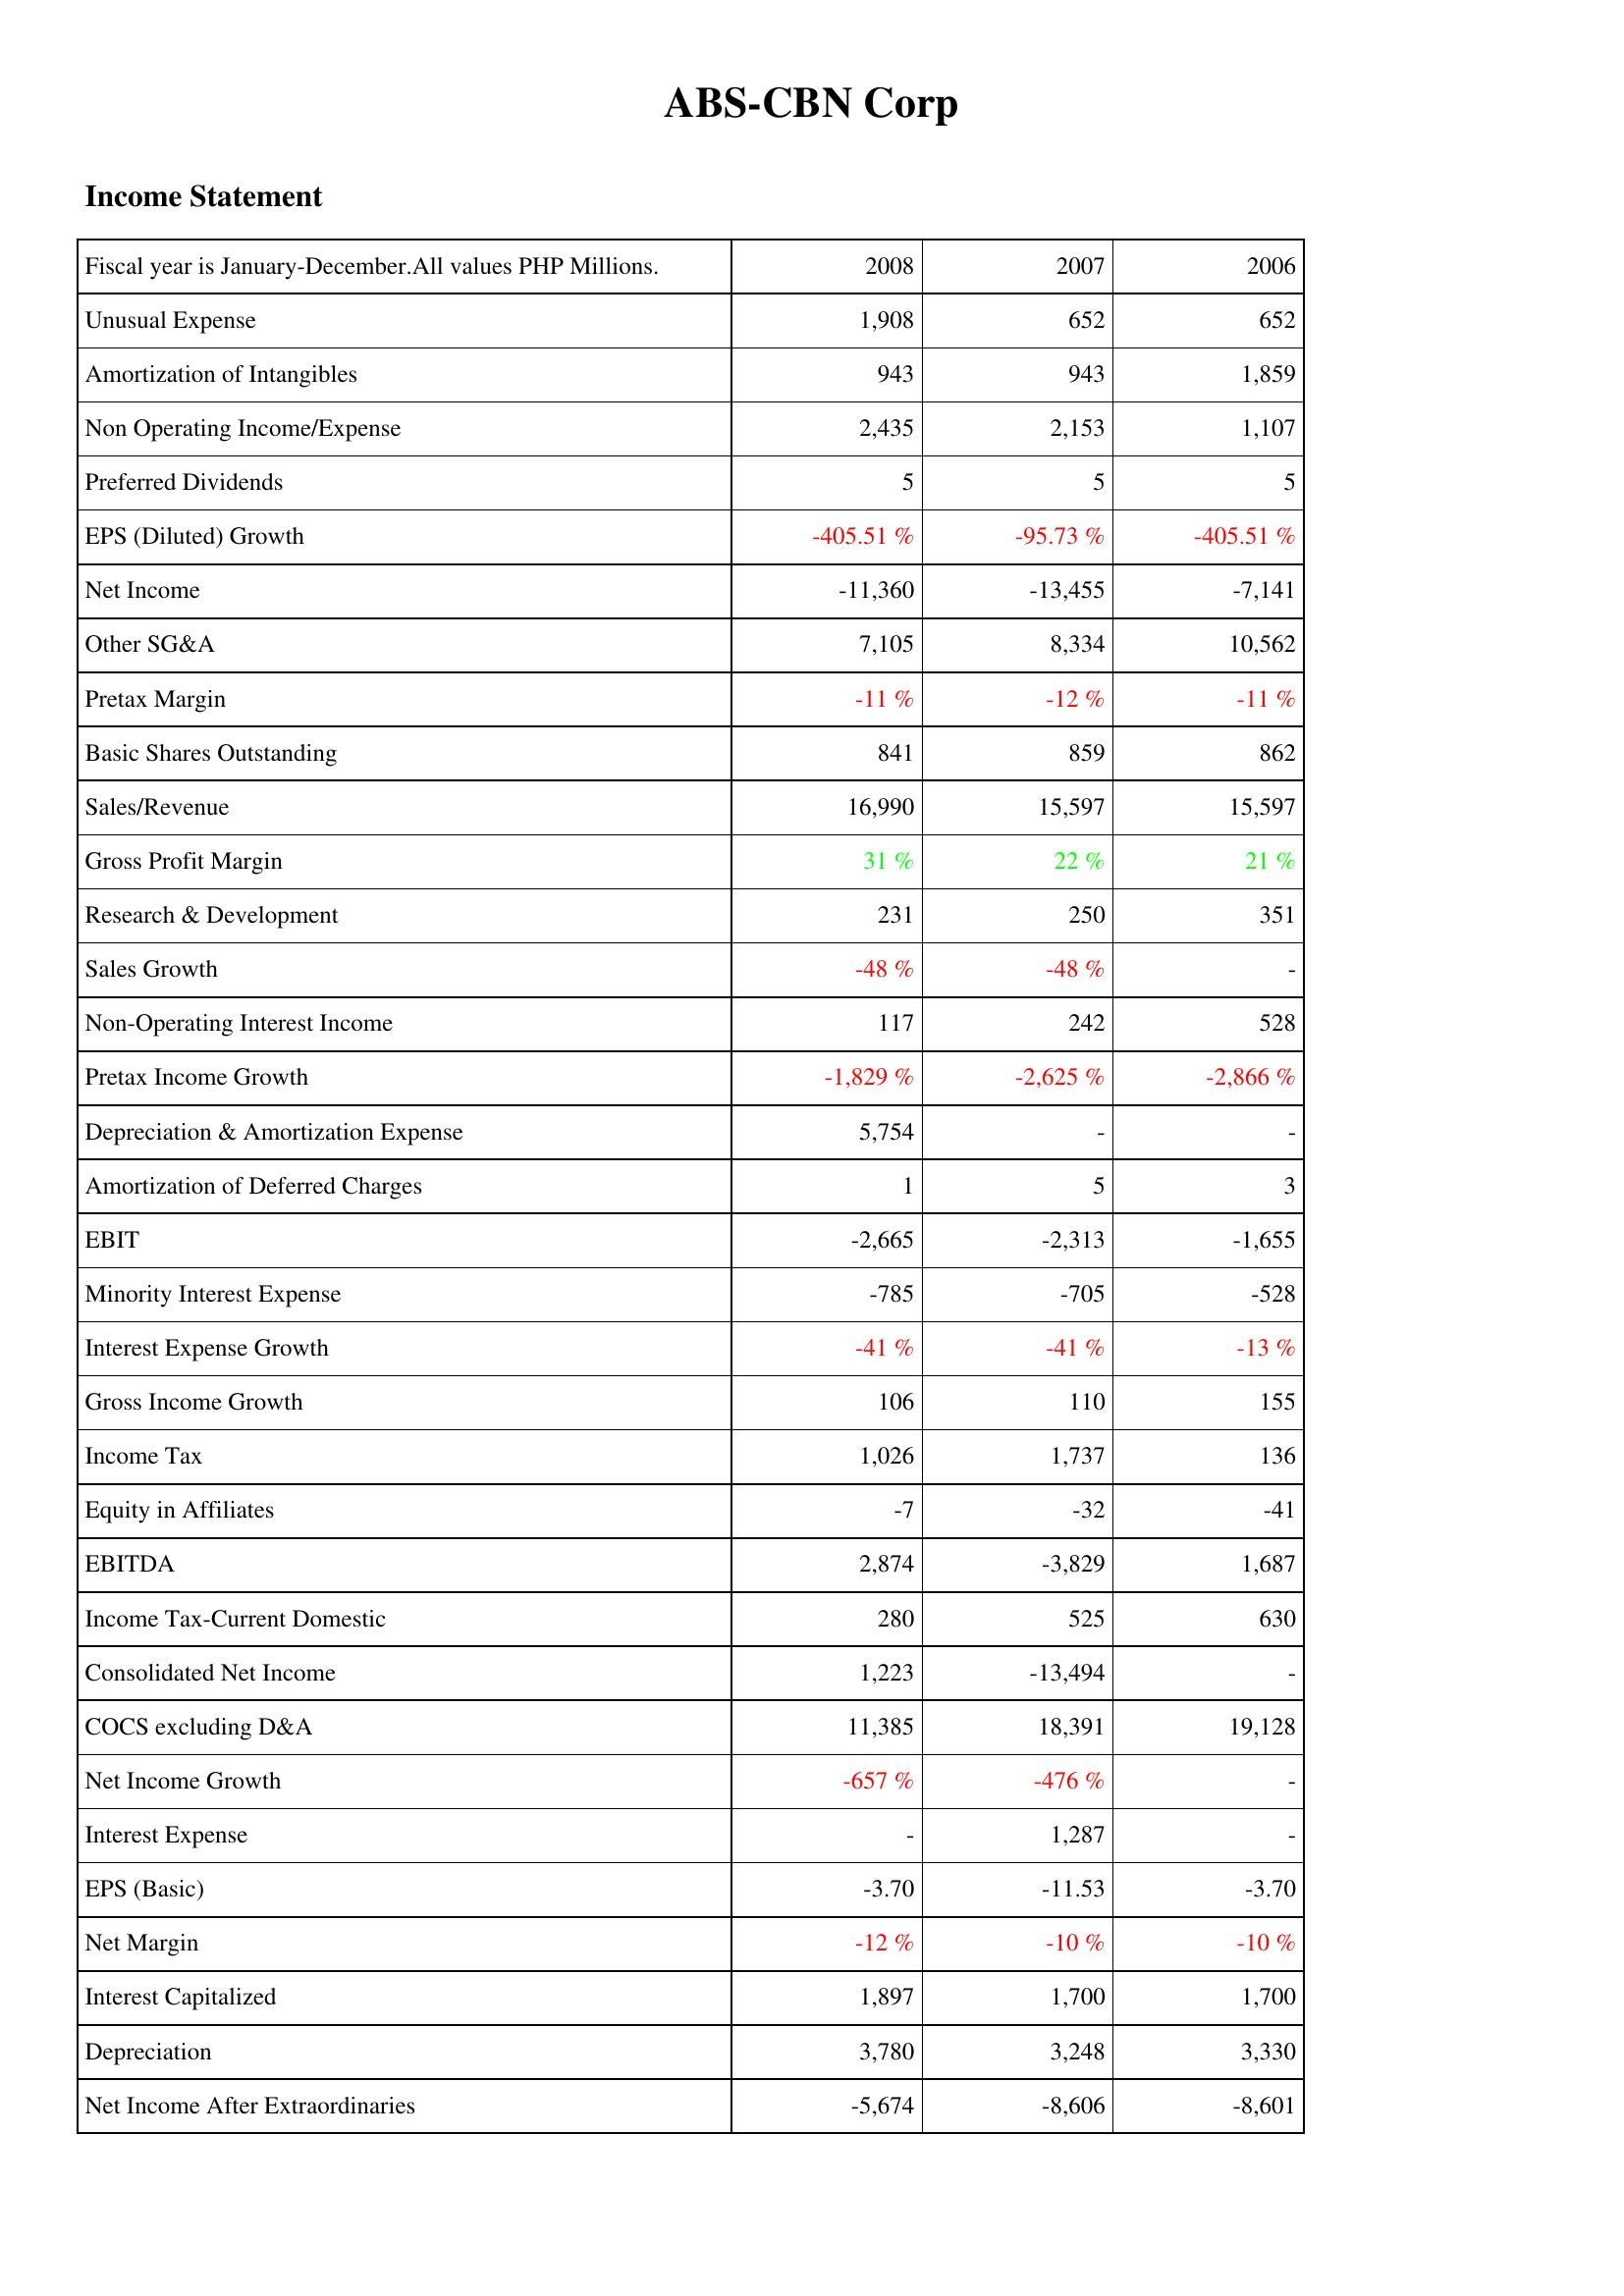
2008: Income Statement: Unusual Expense: 1,908
Amortization of Intangibles: 943
Non Operating Income/Expense: 2,435
Preferred Dividends: 5
EPS (Diluted) Growth: -405.51 %
Net Income: -11,360
Other SG&A: 7,105
Pretax Margin: -11 %
Basic Shares Outstanding: 841
Sales/Revenue: 16,990
Gross Profit Margin: 31 %
Research & Development: 231
Sales Growth: -48 %
Non-Operating Interest Income: 117
Pretax Income Growth: -1,829 %
Depreciation & Amortization Expense: 5,754
Amortization of Deferred Charges: 1
EBIT: -2,665
Minority Interest Expense: -785
Interest Expense Growth: -41 %
Gross Income Growth: 106
Income Tax: 1,026
Equity in Affiliates: -7
EBITDA: 2,874
Income Tax-Current Domestic: 280
Consolidated Net Income: 1,223
COCS excluding D&A: 11,385
Net Income Growth: -657 %
Interest Expense: -
EPS (Basic): -3.70
Net Margin: -12 %
Interest Capitalized: 1,897
Depreciation: 3,780
Net Income After Extraordinaries: -5,674
2007: Income Statement: Unusual Expense: 652
Amortization of Intangibles: 943
Non Operating Income/Expense: 2,153
Preferred Dividends: 5
EPS (Diluted) Growth: -95.73 %
Net Income: -13,455
Other SG&A: 8,334
Pretax Margin: -12 %
Basic Shares Outstanding: 859
Sales/Revenue: 15,597
Gross Profit Margin: 22 %
Research & Development: 250
Sales Growth: -48 %
Non-Operating Interest Income: 242
Pretax Income Growth: -2,625 %
Depreciation & Amortization Expense: -
Amortization of Deferred Charges: 5
EBIT: -2,313
Minority Interest Expense: -705
Interest Expense Growth: -41 %
Gross Income Growth: 110
Income Tax: 1,737
Equity in Affiliates: -32
EBITDA: -3,829
Income Tax-Current Domestic: 525
Consolidated Net Income: -13,494
COCS excluding D&A: 18,391
Net Income Growth: -476 %
Interest Expense: 1,287
EPS (Basic): -11.53
Net Margin: -10 %
Interest Capitalized: 1,700
Depreciation: 3,248
Net Income After Extraordinaries: -8,606
2006: Income Statement: Unusual Expense: 652
Amortization of Intangibles: 1,859
Non Operating Income/Expense: 1,107
Preferred Dividends: 5
EPS (Diluted) Growth: -405.51 %
Net Income: -7,141
Other SG&A: 10,562
Pretax Margin: -11 %
Basic Shares Outstanding: 862
Sales/Revenue: 15,597
Gross Profit Margin: 21 %
Research & Development: 351
Sales Growth: -
Non-Operating Interest Income: 528
Pretax Income Growth: -2,866 %
Depreciation & Amortization Expense: -
Amortization of Deferred Charges: 3
EBIT: -1,655
Minority Interest Expense: -528
Interest Expense Growth: -13 %
Gross Income Growth: 155
Income Tax: 136
Equity in Affiliates: -41
EBITDA: 1,687
Income Tax-Current Domestic: 630
Consolidated Net Income: -
COCS excluding D&A: 19,128
Net Income Growth: -
Interest Expense: -
EPS (Basic): -3.70
Net Margin: -10 %
Interest Capitalized: 1,700
Depreciation: 3,330
Net Income After Extraordinaries: -8,601